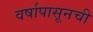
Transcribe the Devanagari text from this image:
वर्षापासूनची